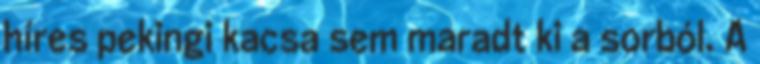
híres pekingi kacsa sem maradt ki a sorból. A